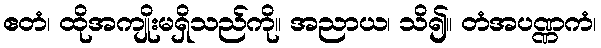
ဧတံ၊ ထိုအကျိုးမရှိသည်ကို။ အညာယ၊ သိ၍။ တံအပဏ္ဏကံ၊